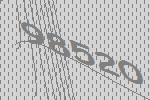
98520